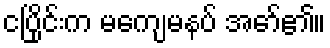
ငပြိုင်းက မကျေမနပ် အော်၏။